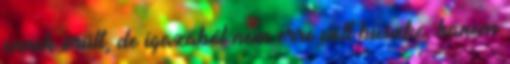
ennek örült, de igazából nem erre volt büszke, hanem